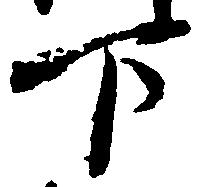
下